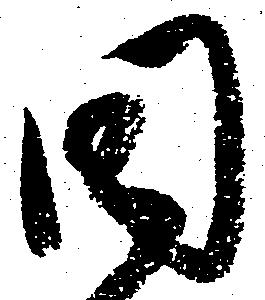
同